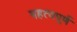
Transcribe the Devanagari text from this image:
महत्‍वपूर्ण